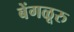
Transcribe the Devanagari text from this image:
बेंगळूरु